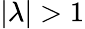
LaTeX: |\lambda|>1